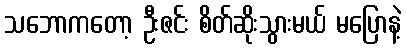
သဘောကတော့ ဦးဇင်း စိတ်ဆိုးသွားမယ် မပြောနဲ့